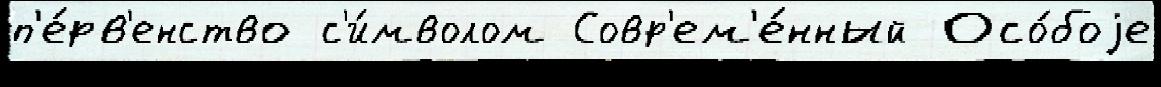
п'е́рв'енство с'и́мволом Совр'ем'е́нный Осо́боjе